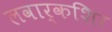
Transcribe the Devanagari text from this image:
लवार्कशिर